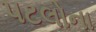
પટલોના